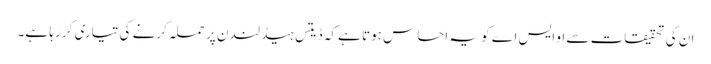
ان کی تحقیقات سے او ایس اے کو یہ احساس ہوتا ہے کہ ڈیتس ہیڈ لندن پر حملہ کرنے کی تیاری کر رہا ہے۔